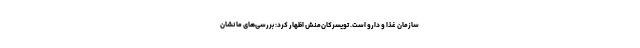
سازمان غذا و دارو است. تویسرکان‌منش اظهار کرد: بررسی‌های ما نشان